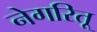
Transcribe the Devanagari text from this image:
नेगरितू